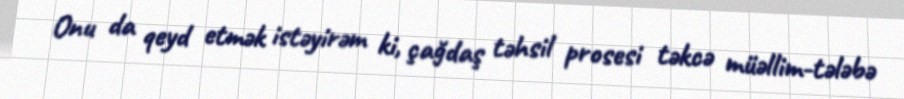
Onu da qeyd etmək istəyirəm ki, çağdaş təhsil prosesi təkcə müəllim-tələbə